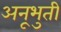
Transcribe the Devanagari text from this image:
अनूभुती